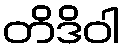
တိဒိဝါ